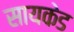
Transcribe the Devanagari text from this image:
सायकेड